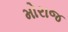
મોરાજ